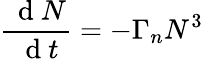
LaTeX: \frac{\, \mathrm{~d~}N}{\, \mathrm{~d~}t}=-\Gamma_{n}N^{3}